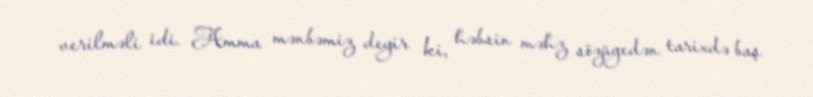
verilməli idi. Amma mənbəmiz deyir ki, həbsin məhz sözügedən tarixdə baş